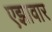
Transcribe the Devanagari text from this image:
एझावार